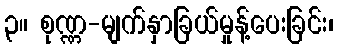
၃။ စုဏ္ဏ-မျက်နှာခြယ်မှုန့်ပေးခြင်း၊